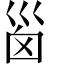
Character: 𡿺